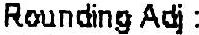
ROUNDING ADJ :